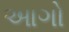
આગો